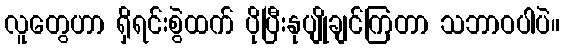
လူတွေဟာ ရှိရင်းစွဲထက် ပိုပြီးနုပျိုချင်ကြတာ သဘာဝပါပဲ။